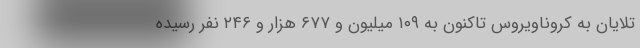
تلایان به کروناویروس تاکنون به ۱۰۹ میلیون و ۶۷۷ هزار و ۲۴۶ نفر رسیده